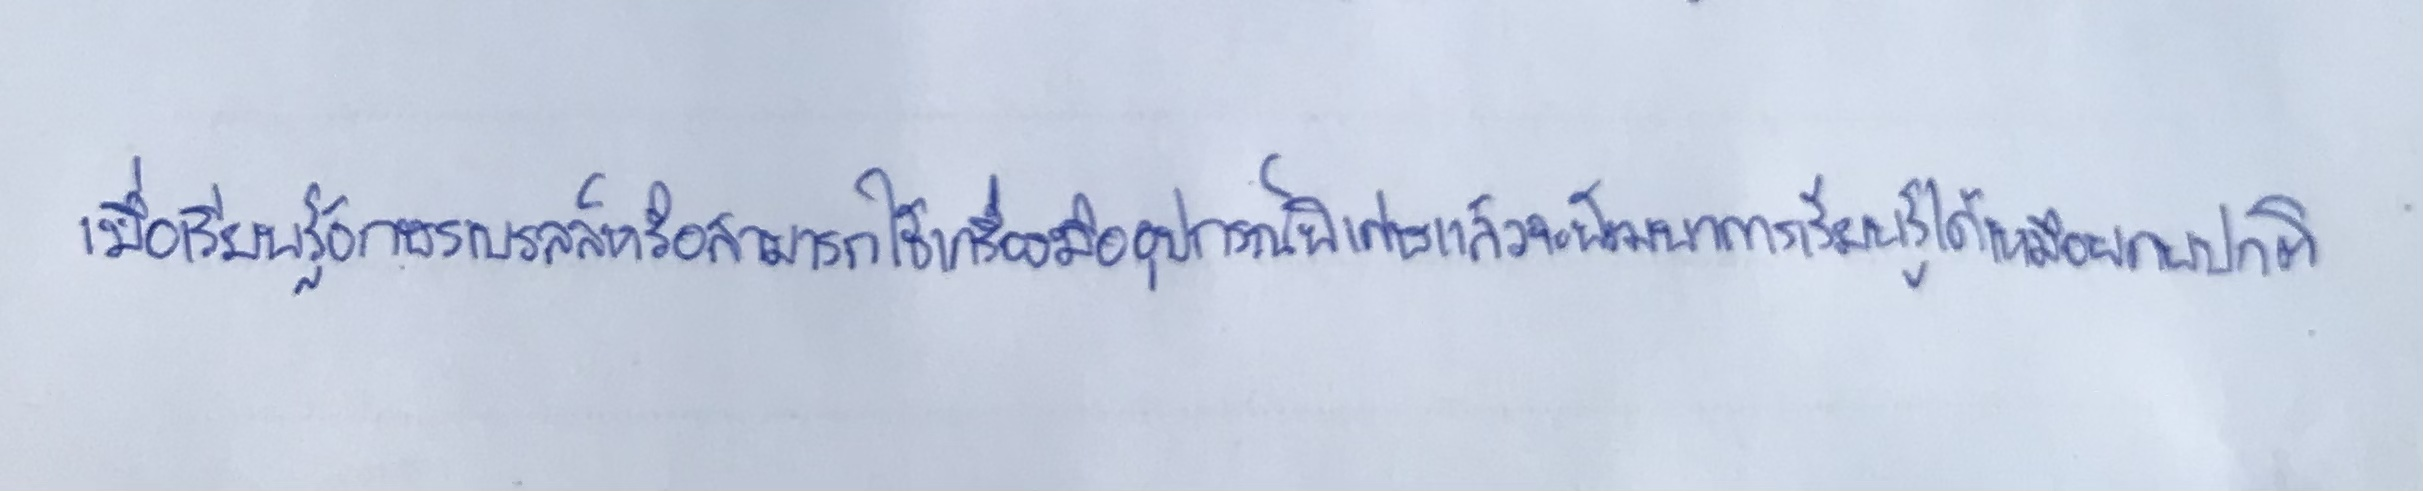
เมื่อเรียนรู้อักษรเบรลล์หรือสามารถใช้เครื่องมืออุปกรณ์พิเศษแล้วจะพัฒนาการเรียนรู้ได้เหมือนคนปกติ